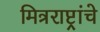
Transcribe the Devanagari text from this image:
मित्रराष्ट्रांचे